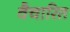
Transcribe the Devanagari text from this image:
वैचारित